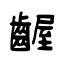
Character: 齷